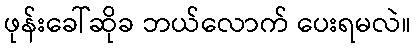
ဖုန်းခေါ်ဆိုခ ဘယ်လောက် ပေးရမလဲ။